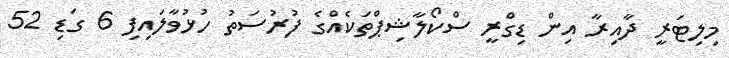
މިލިޓަރީ ދާއިރާ އިން ޑިގްރީ ސްކޯލާޝިޕްތަކެއްގެ ފުރުސަތު ހުޅުވާލައިފި 6 ގަޑި 52